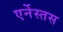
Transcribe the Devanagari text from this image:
एर्नेस्तस